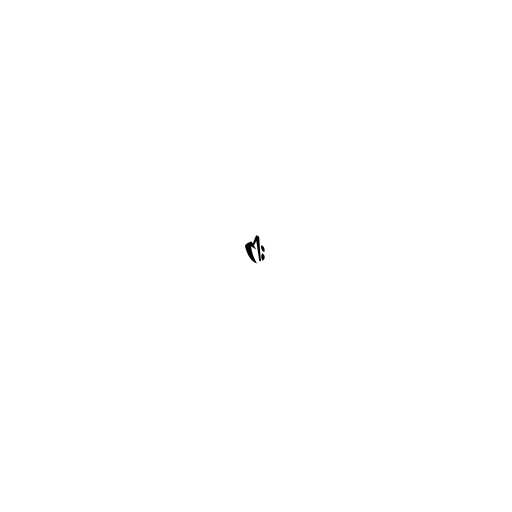
ငါး